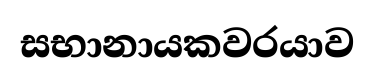
සභානායකවරයාව